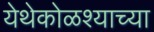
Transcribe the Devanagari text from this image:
येथेकोळश्याच्या